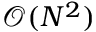
\mathcal { O } ( N ^ { 2 } )